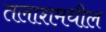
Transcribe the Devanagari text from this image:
तलाशमधील